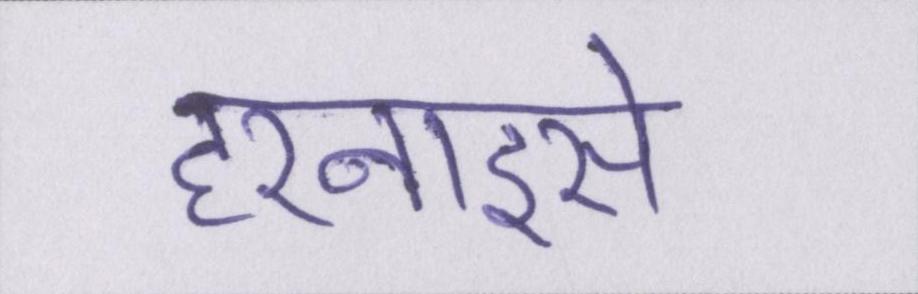
हरनाइसे